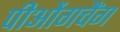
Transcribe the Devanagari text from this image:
पीओंगचैंग